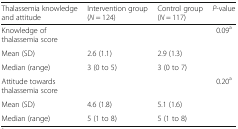
| Thalassemia knowledge and attitude | Intervention group (N = 124) | Control group (N = 117) | P-value |
 | --- | --- | --- | --- |
 | <COLSPAN=3> Knowledge of thalassemia score | 0.09a |
 | Mean (SD) | 2.6 (1.1) | 2.9 (1.3) |  |
 | Median (range) | 3 (0 to 5) | 3 (0 to 7) |  |
 | <COLSPAN=3> Attitude towards thalassemia score | 0.20a |
 | Mean (SD) | 4.6 (1.8) | 5.1 (1.6) |  |
 | Median (range) | 5 (1 to 8) | 5 (1 to 8) |  |